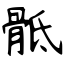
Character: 骶